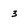
Character: 3